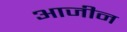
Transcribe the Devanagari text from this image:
आजीन